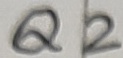
Text: Q2